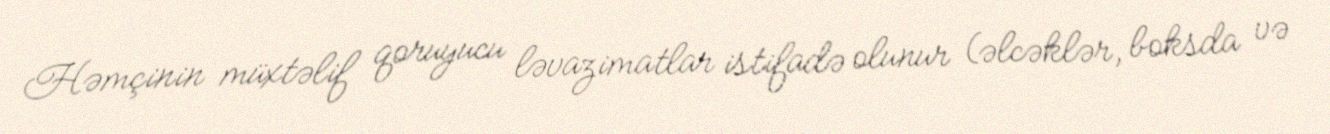
Həmçinin müxtəlif qoruyucu ləvazimatlar istifadə olunur (əlcəklər, boksda və